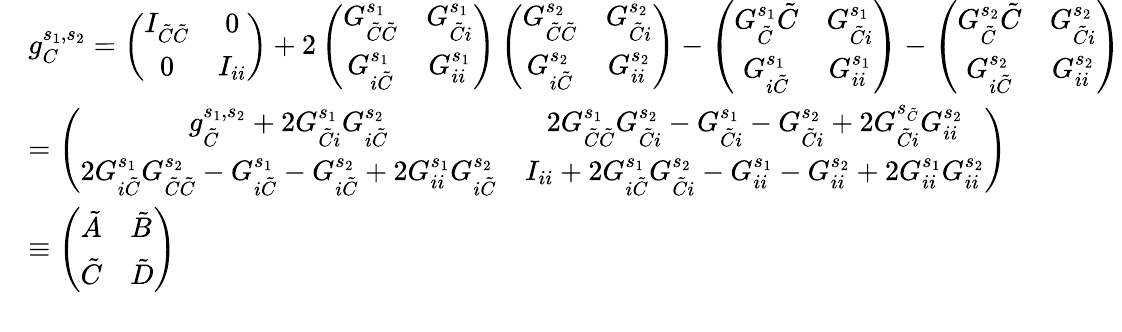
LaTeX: \begin{array}{rl}&{g_{C}^{s_{1},s_{2}}=\left(\begin{array}{cc}{I_{\tilde{C}\tilde{C}}}&{0}\\ {0}&{I_{ii}}\end{array}\right)+2\left(\begin{array}{cc}{G_{\tilde{C}\tilde{C}}^{s_{1}}}&{G_{\tilde{C}i}^{s_{1}}}\\ {G_{i\tilde{C}}^{s_{1}}}&{G_{ii}^{s_{1}}}\end{array}\right)\left(\begin{array}{cc}{G_{\tilde{C}\tilde{C}}^{s_{2}}}&{G_{\tilde{C}i}^{s_{2}}}\\ {G_{i\tilde{C}}^{s_{2}}}&{G_{ii}^{s_{2}}}\end{array}\right)-\left(\begin{array}{cc}{G_{\tilde{C}}^{s_{1}}\tilde{C}}&{G_{\tilde{C}i}^{s_{1}}}\\ {G_{i\tilde{C}}^{s_{1}}}&{G_{ii}^{s_{1}}}\end{array}\right)-\left(\begin{array}{cc}{G_{\tilde{C}}^{s_{2}}\tilde{C}}&{G_{\tilde{C}i}^{s_{2}}}\\ {G_{i\tilde{C}}^{s_{2}}}&{G_{ii}^{s_{2}}}\end{array}\right)}\\ &{=\left(\begin{array}{cc}{g_{\tilde{C}}^{s_{1},s_{2}}+2G_{\tilde{C}i}^{s_{1}}G_{i\tilde{C}}^{s_{2}}}&{2G_{\tilde{C}\tilde{C}}^{s_{1}}G_{\tilde{C}i}^{s_{2}}-G_{\tilde{C}i}^{s_{1}}-G_{\tilde{C}i}^{s_{2}}+2G_{\tilde{C}i}^{s_{\tilde{C}}}G_{ii}^{s_{2}}}\\ {2G_{i\tilde{C}}^{s_{1}}G_{\tilde{C}\tilde{C}}^{s_{2}}-G_{i\tilde{C}}^{s_{1}}-G_{i\tilde{C}}^{s_{2}}+2G_{ii}^{s_{1}}G_{i\tilde{C}}^{s_{2}}}&{I_{ii}+2G_{i\tilde{C}}^{s_{1}}G_{\tilde{C}i}^{s_{2}}-G_{ii}^{s_{1}}-G_{ii}^{s_{2}}+2G_{ii}^{s_{1}}G_{ii}^{s_{2}}}\end{array}\right)}\\ &{\equiv\left(\begin{array}{ll}{\tilde{A}}&{\tilde{B}}\\ {\tilde{C}}&{\tilde{D}}\end{array}\right)}\\ &{}\end{array}